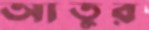
আতুর